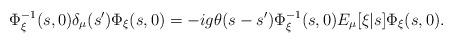
LaTeX: \begin{align*}\Phi_\xi^{-1}(s,0) \delta_\mu(s') \Phi_\xi(s,0) = -ig \theta(s-s') \Phi_\xi^{-1}(s,0) E_\mu[\xi|s] \Phi_\xi(s,0).\end{align*}